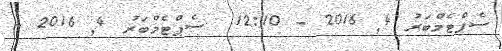
ސެޕްޓެމްބަރު 4